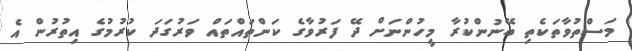
މަސްތުވާތަކެތި ބޭނުންކުރާ މީހުންނަށް ދޭ ފަރުވާގެ ކަންތައްތައް ވަރުގަދަ ކުރުމުގެ އިތުރުން އެ